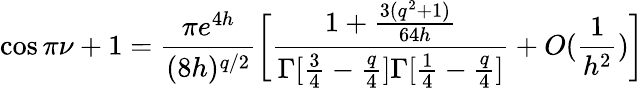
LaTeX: \cos\pi\nu+1=\frac{\pi e^{4h}}{(8h)^{q/2}}\bigg[\frac{1+\frac{3(q^{2}+1)}{64h}}{\Gamma[\frac{3}{4}-\frac{q}{4}]\Gamma[\frac{1}{4}-\frac{q}{4}]}+O(\frac{1}{h^{2}})\bigg]